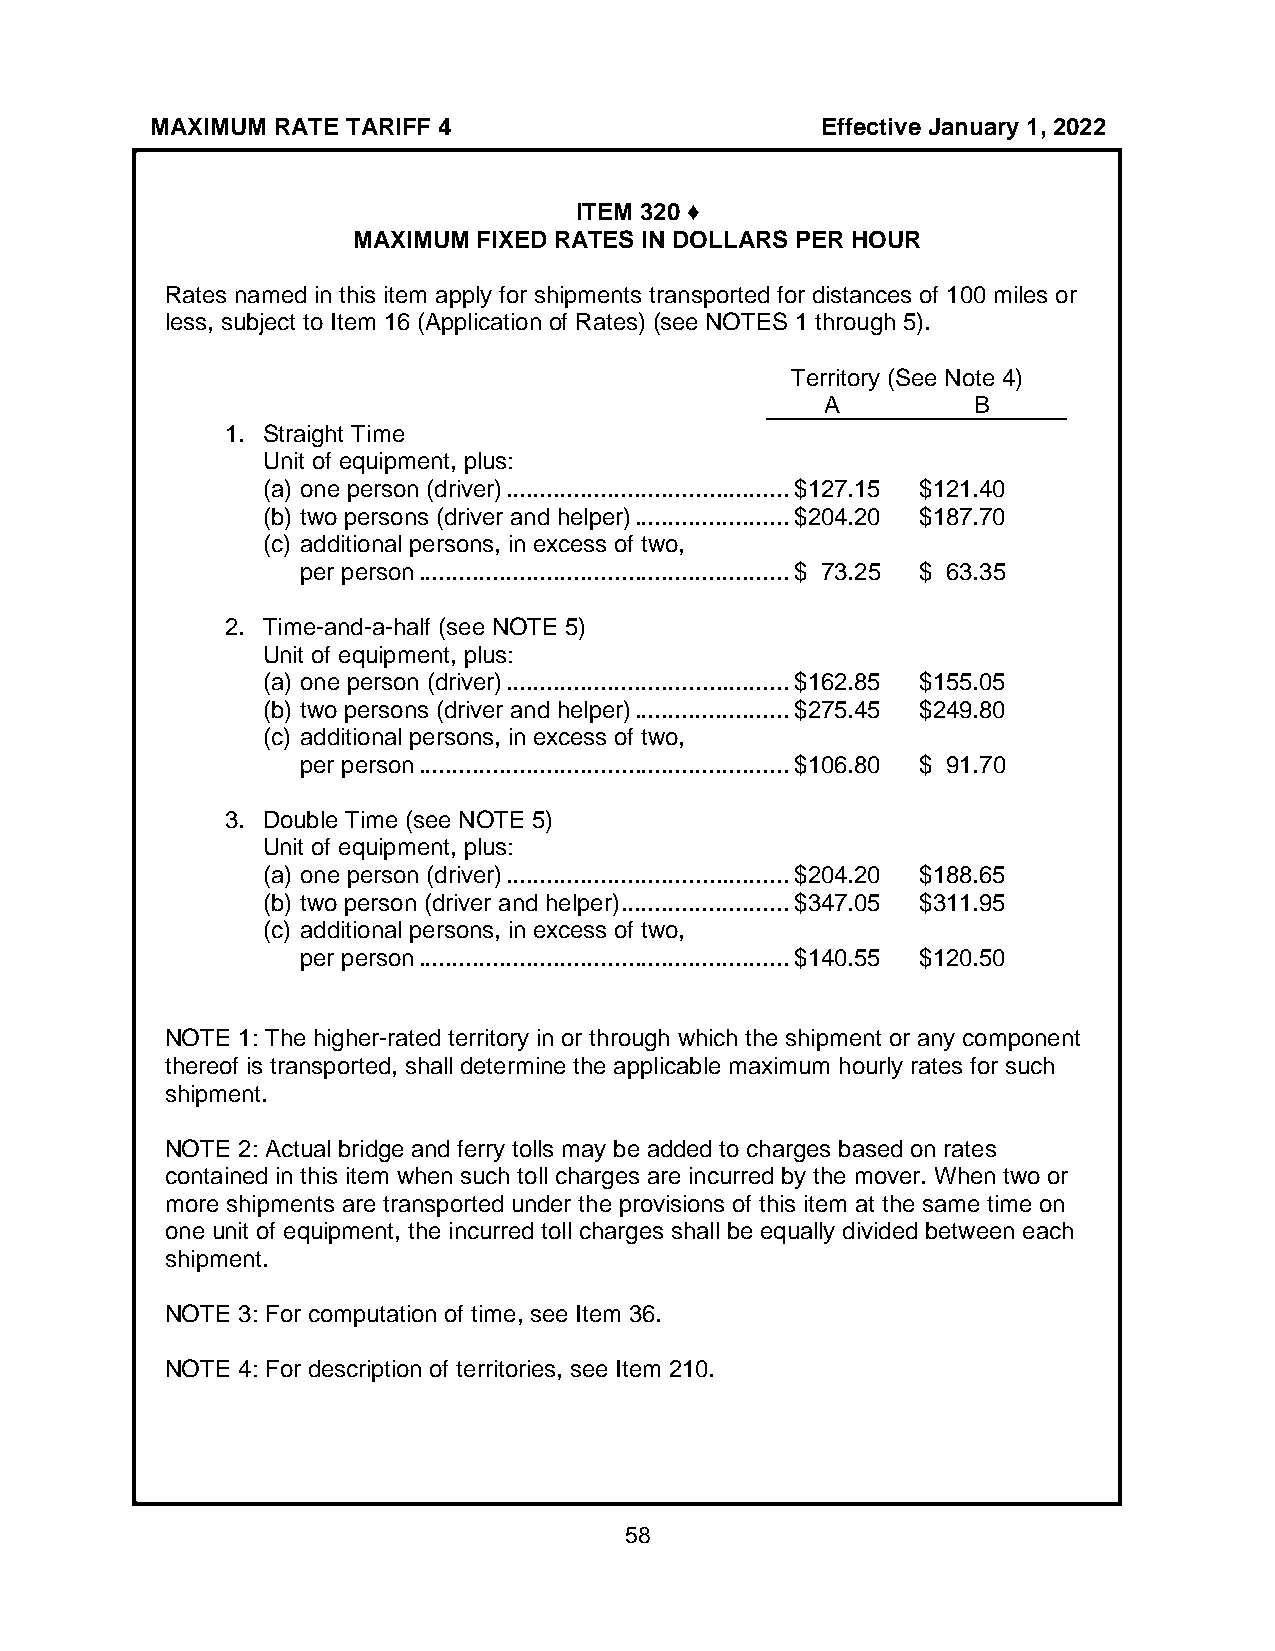
MAXIMUM RATE TARIFF 4                       Effective January 1, 2022
 ITEM 320 ♦
 MAXIMUM  FIXED RATES IN DOLLARS PER HOUR
 Rates named in this item apply for shipments transported for distances of 100 miles or
 less, subject to Item 16 (Application of Rates) (see NOTES 1 through 5).
 Territory (See Note 4)
 A        B
 1. Straight Time
 Unit of equipment, plus:
 (a) one person (driver) .......................................... $127.15 $121.40
 (b) two persons (driver and helper) ....................... $204.20 $187.70
 (c) additional persons, in excess of two,
 per person ....................................................... $ 73.25 $ 63.35
 2. Time-and-a-half (see NOTE 5)
 Unit of equipment, plus:
 (a) one person (driver) .......................................... $162.85 $155.05
 (b) two persons (driver and helper) ....................... $275.45 $249.80
 (c) additional persons, in excess of two,
 per person ....................................................... $106.80 $ 91.70
 3. Double Time (see NOTE 5)
 Unit of equipment, plus:
 (a) one person (driver) .......................................... $204.20 $188.65
 (b) two person (driver and helper) ......................... $347.05 $311.95
 (c) additional persons, in excess of two,
 per person ....................................................... $140.55 $120.50
 NOTE 1: The higher-rated territory in or through which the shipment or any component
 thereof is transported, shall determine the applicable maximum hourly rates for such
 shipment.
 NOTE 2: Actual bridge and ferry tolls may be added to charges based on rates
 contained in this item when such toll charges are incurred by the mover. When two or
 more shipments are transported under the provisions of this item at the same time on
 one unit of equipment, the incurred toll charges shall be equally divided between each
 shipment.
 NOTE 3: For computation of time, see Item 36.
 NOTE 4: For description of territories, see Item 210.
 58